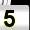
Digit: 5